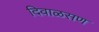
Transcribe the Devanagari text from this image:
दिवाळसण